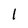
Character: 1